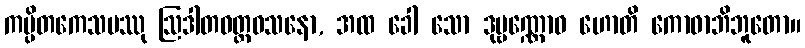
ကပ္ပိတကေသမဿု ဩဒါတဝတ္ထဝသနော, အထ ခေါ သော ဒုဗ္ဗဏ္ဏောဝ ဟောတိ ကောဓာဘိဘူတော။